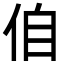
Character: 㑑